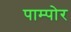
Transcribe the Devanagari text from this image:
पाम्पोर